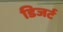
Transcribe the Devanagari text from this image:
डिजर्ट